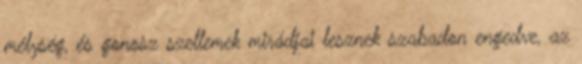
mélység, és gonosz szellemek mirádjai lesznek szabadon engedve, az